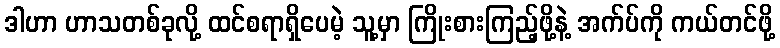
ဒါဟာ ဟာသတစ်ခုလို့ ထင်စရာရှိပေမဲ့ သူ့မှာ ကြိုးစားကြည့်ဖို့နဲ့ အက်ပ်ကို ကယ်တင်ဖို့